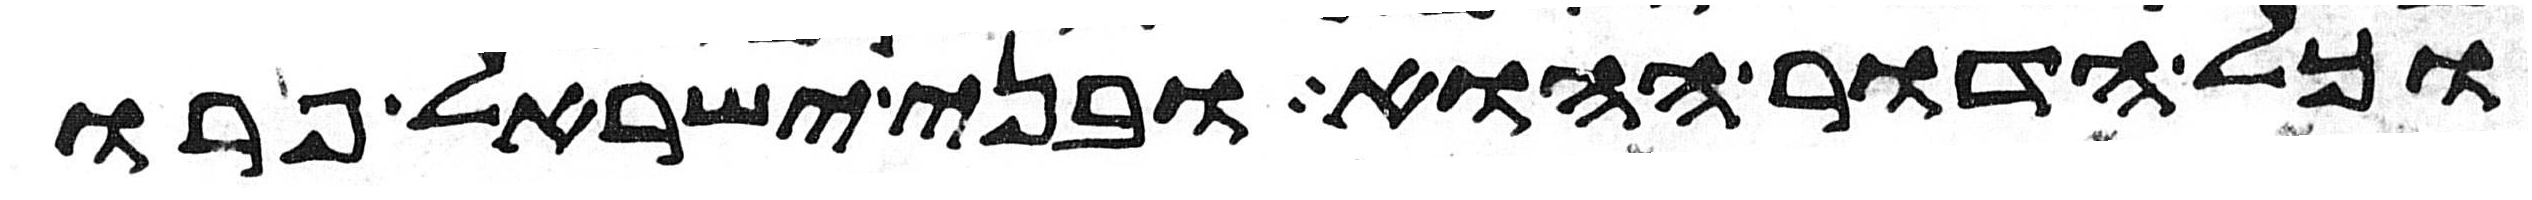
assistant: וכל הדור ההוא ובני ישראל פרו